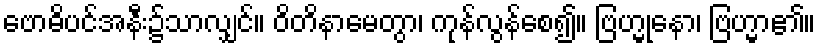
ဗောဓိပင်အနီး၌သာလျှင်။ ဝိတိနာမေတွာ၊ ကုန်လွန်စေ၍။ ဗြဟ္မုနော၊ ဗြဟ္မာ၏။